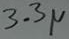
Text: 3.3µ